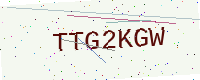
Text: TTG2KGW